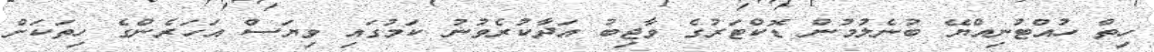
ހިތް ހުއްޓުނިއްޔޭ ބުނެލުމުން ޑޮކްޓަރުގެ ވާޖިބު އަދާކުރެވުނު ކަމުގައި ވިޔަސް އަހަރެންގެ ހިތަކަށް